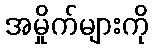
အမှိုက်များကို